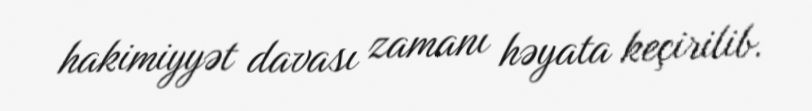
hakimiyyət davası zamanı həyata keçirilib.